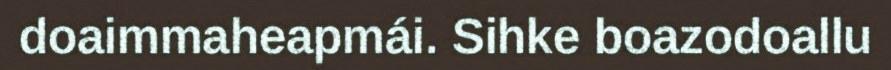
doaimmaheapmái. Sihke boazodoallu